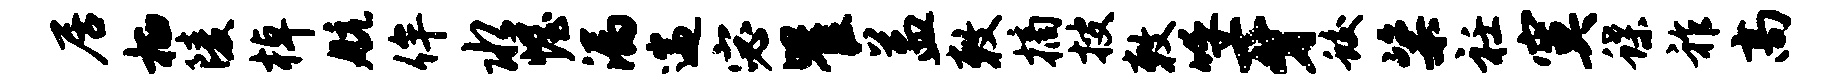
居栖陵棹航侔水幄漏遄宓瞿益敕摘搜敕呼牙蛟粢衽寞蝶祚高